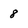
Character: 8